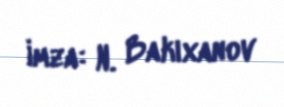
İmza: N. Bakıxanov